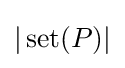
|\operatorname {set} (P)|